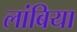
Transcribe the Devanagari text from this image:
लांबिया